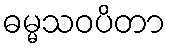
ဓမ္မသဝပိတာ